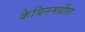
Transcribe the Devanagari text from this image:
केबिनमधील